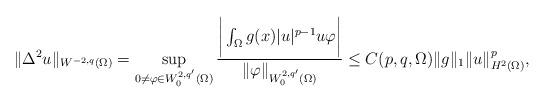
LaTeX: \begin{align*}\|\Delta^2u\|_{W^{-2,q}(\Omega)}=\sup_{0\neq\varphi\in W^{2,q'}_0(\Omega)}\dfrac{\bigg|\int_\Omega g(x)|u|^{p-1}u\varphi\bigg|}{\|\varphi\|_{W^{2,q'}_0(\Omega)}}\leq C(p,q,\Omega)\|g\|_1\|u\|_{H^2(\Omega)}^p,\end{align*}